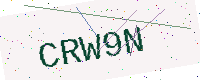
Text: CRW9N